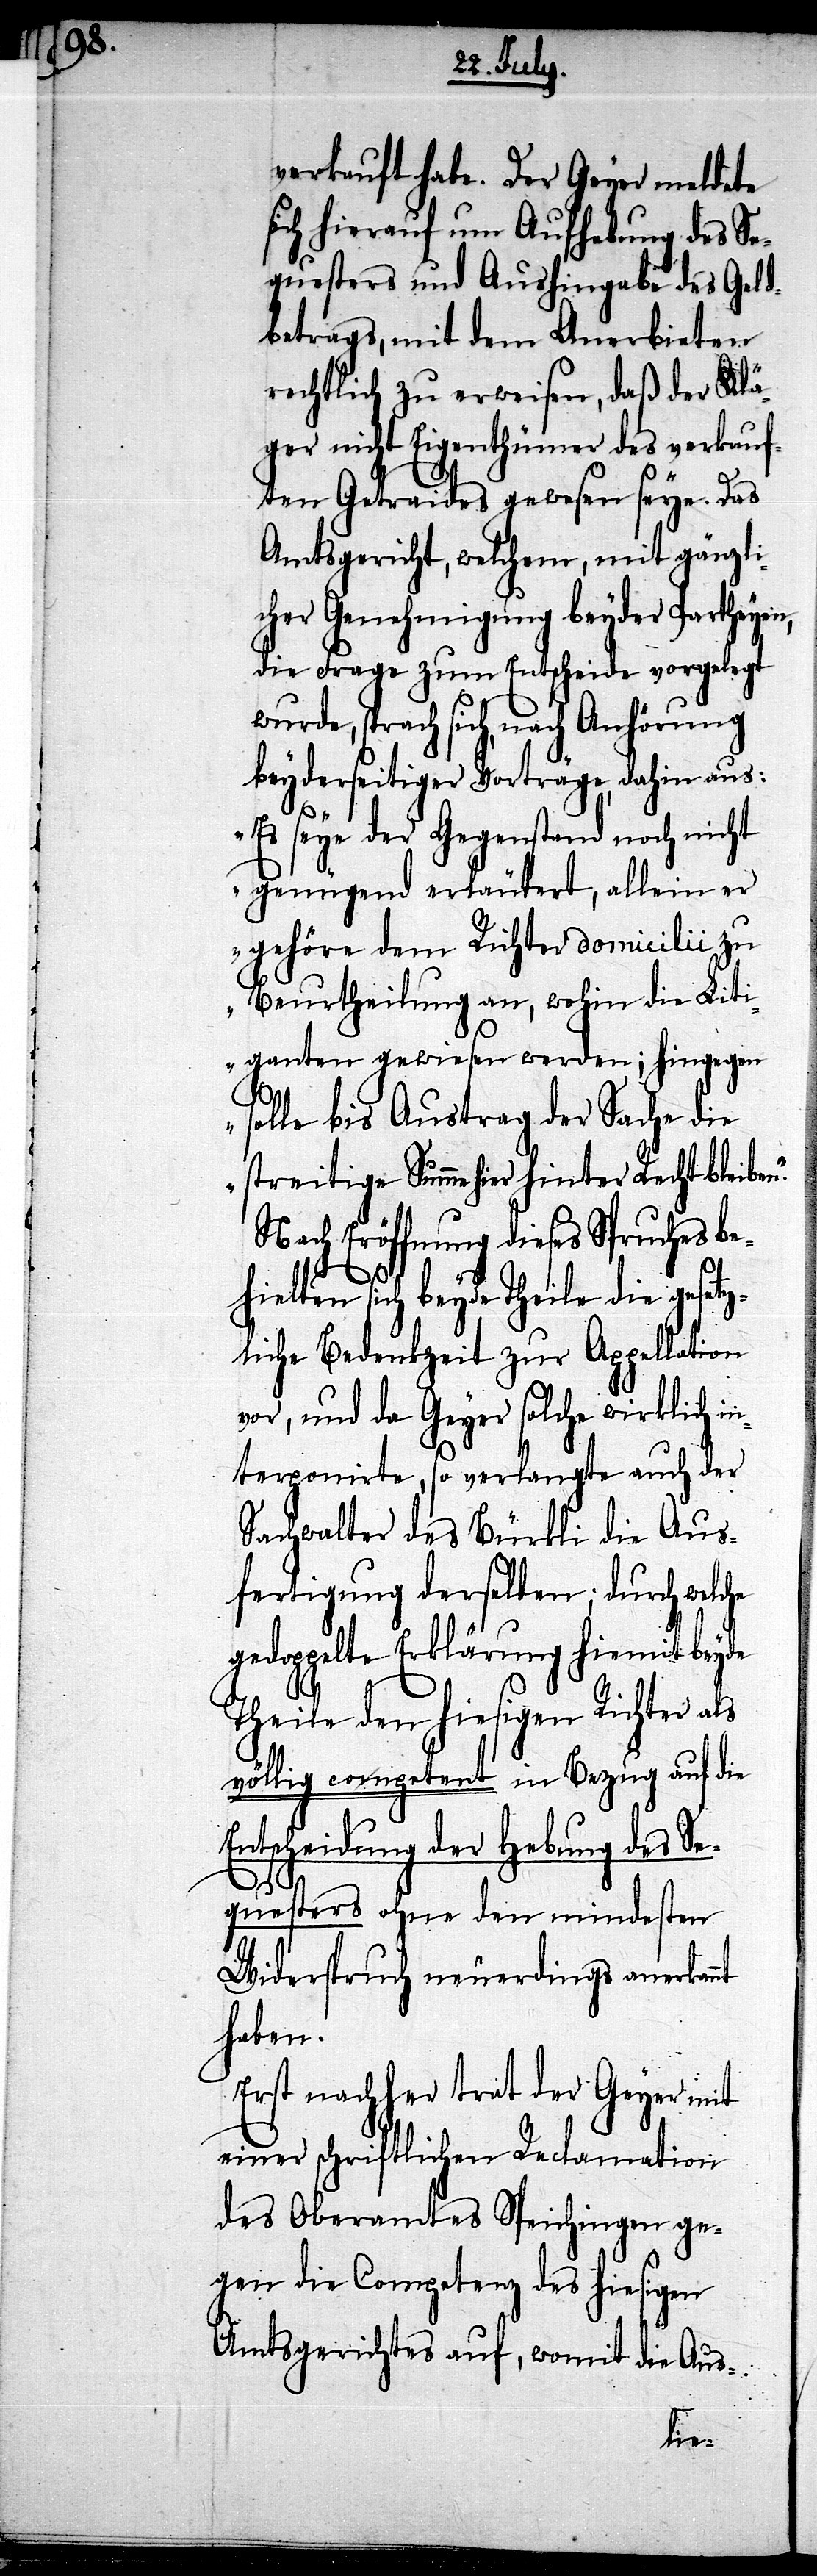
verkauft habe. Der Geyer meldete
ich hierauf um Aufhebung des Se¬
questers und Aushingabe des Geld¬
betrags, mit dem Anerbieten
rechtlich zu erweisen, daß der Klä¬
ger nicht Eigenthümer des verkauf¬
ten Getraides gewesen seye. Das
Amtsgericht, welchem, mit gänzli¬
cher Genehmigung beyder Partheyen,
die Frage zum Entscheide vorgelegt
sprach sich, nach Anhörung
beyderseitiger Vorträge, dahin aus:
„Es seye der Gegenstand noch nicht
genügend erläutert, allein er
gehöre dem Richter domicilii zu
Beurtheilung an, wohin die Liti¬
ganten gewiesen werden; hingegen
solle bis Austrag der Sache die
streitige Summe hier hinter Recht bleibe¬
n.“
Nach Eröffnung dieses Spruches be¬
nt
hielten sich beyde Theile die gesetz¬
liche Bedenkzeit zur Appellation
vor, und da Geyer solche wirklich i¬
nterponirte, so verlangte auch der
Sachwalter des Bürkli die Aus¬
fertigung derselben; durch welche
gedoppelte Erklärung hiemit beyde
Theile den hiesigen Richter als
völlig competent in Bezug auf die
Entscheidung der Hebung des Se¬
questers ohne den mindesten
Widerspruch neuerdings anerkan¬
haben.
Erst nachher trat der Geyer mit
einer schriftlichen Reclamation
des Oberamtes Speichingen ge¬
gen die Competenz des hiesigen
Amtsgerichtes auf, womit die Aus-